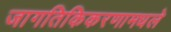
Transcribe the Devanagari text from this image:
जागतिकिकरणामधले